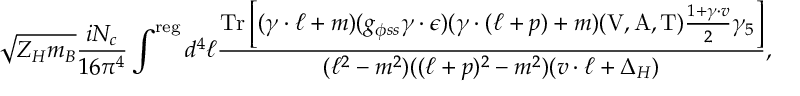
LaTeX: \sqrt { Z _ { H } m _ { B } } \frac { i N _ { c } } { 1 6 \pi ^ { 4 } } \int ^ { \mathrm { r e g } } d ^ { 4 } \ell \frac { \mathrm { T r } \left[ ( \gamma \cdot \ell + m ) ( g _ { \phi s s } \gamma \cdot \epsilon ) ( \gamma \cdot ( \ell + p ) + m ) ( \mathrm { V , A , T } ) \frac { 1 + \gamma \cdot v } { 2 } \gamma _ { 5 } \right] } { ( \ell ^ { 2 } - m ^ { 2 } ) ( ( \ell + p ) ^ { 2 } - m ^ { 2 } ) ( v \cdot \ell + \Delta _ { H } ) } ,